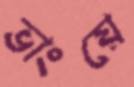
ভাংয়ে